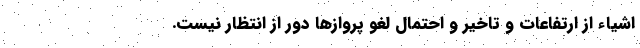
اشیاء از ارتفاعات و تاخیر و احتمال لغو پروازها دور از انتظار نیست.